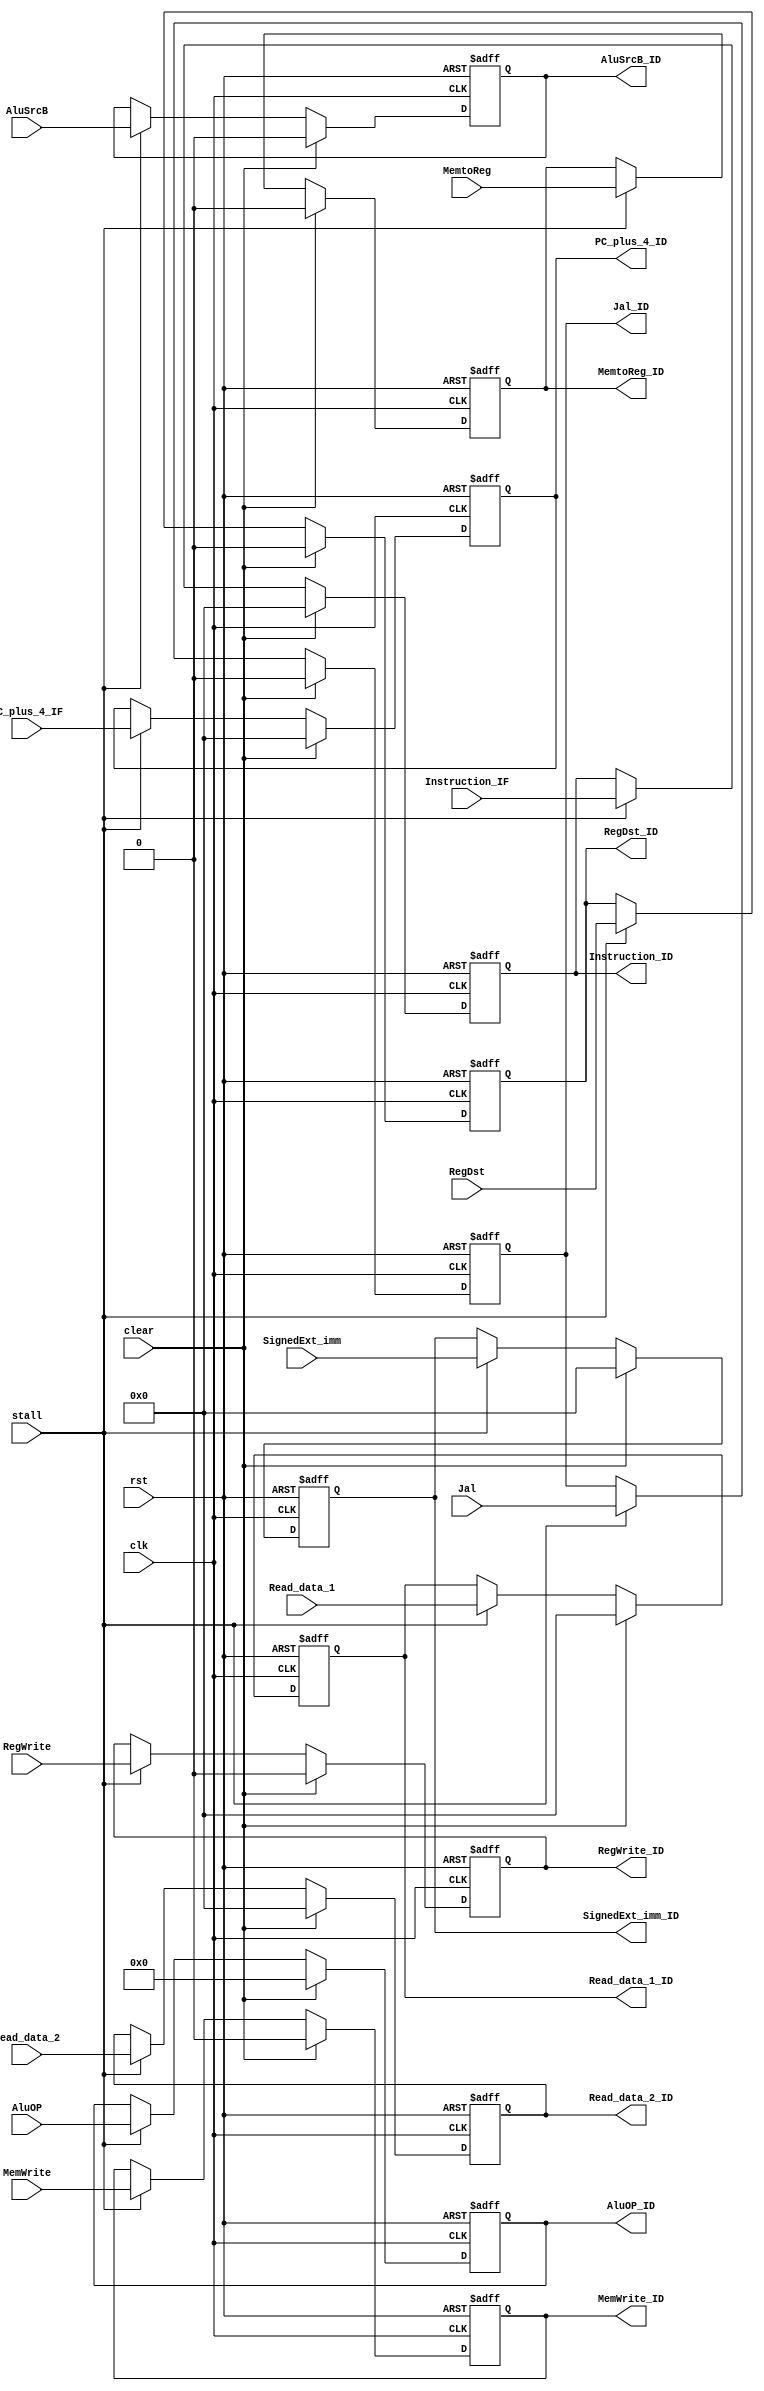
`timescale 1ns / 1ps
//////////////////////////////////////////////////////////////////////////////////
// Company: 
// Engineer: 
// 
// Design Name: 
// Module Name: ID_EX
// Project Name: 
// Target Devices: 
// Tool Versions: 
// Description: 
// 
// Dependencies: 
// 
// Revision:
// Revision 0.01 - File Created
// Additional Comments:
// 
//////////////////////////////////////////////////////////////////////////////////


module ID_EX(
    input [31:0] Instruction_IF,
    input [31:0] PC_plus_4_IF,
    input [31:0] Read_data_1,
    input [31:0] Read_data_2,
    input [31:0] SignedExt_imm,
    output reg [31:0] Instruction_ID,
    output reg [31:0] PC_plus_4_ID,
    output reg [31:0] Read_data_1_ID,
    output reg [31:0] Read_data_2_ID,
    output reg [31:0] SignedExt_imm_ID,
    input MemtoReg,
    input MemWrite,
    input [3:0] AluOP,
    input AluSrcB,
    input RegWrite,
    input Jal,
    input RegDst,
    output reg MemtoReg_ID,
    output reg MemWrite_ID,
    output reg [3:0] AluOP_ID,
    output reg AluSrcB_ID,
    output reg RegWrite_ID,
    output reg Jal_ID,
    output reg RegDst_ID,
    input clk,input rst,input clear,input stall
    );
    always @(posedge clk or negedge rst)
    begin
        if (rst==1'b0)
        begin
            Instruction_ID<=32'd0;
            PC_plus_4_ID<=32'd0;
            SignedExt_imm_ID<=32'd0;
            Read_data_1_ID<=32'd0;
            Read_data_2_ID<=32'd0;
            MemtoReg_ID<=1'b0; MemWrite_ID<=1'b0;
            AluOP_ID<=4'd0; AluSrcB_ID<=1'b0;
            RegWrite_ID<=1'b0; Jal_ID<=1'b0;
            RegDst_ID<=1'b0;
        end
        else if (clear==1'b1)
        begin
            Instruction_ID<=32'd0;
            PC_plus_4_ID<=32'd0;
            SignedExt_imm_ID<=32'd0;
            Read_data_1_ID<=32'd0;
            Read_data_2_ID<=32'd0;
            MemtoReg_ID<=1'b0; MemWrite_ID<=1'b0;
            AluOP_ID<=4'd0; AluSrcB_ID<=1'b0;
            RegWrite_ID<=1'b0; Jal_ID<=1'b0;
            RegDst_ID<=1'b0;
        end
        else if (stall==1'b0)
        begin
            Instruction_ID<=Instruction_ID;
            PC_plus_4_ID<=PC_plus_4_ID;
            SignedExt_imm_ID<=SignedExt_imm_ID;
            Read_data_1_ID<=Read_data_1_ID;
            Read_data_2_ID<=Read_data_2_ID;
            MemtoReg_ID<=MemtoReg_ID; MemWrite_ID<=MemWrite_ID;
            AluOP_ID<=AluOP_ID; AluSrcB_ID<=AluSrcB_ID;
            RegWrite_ID<=RegWrite_ID; Jal_ID<=Jal_ID;
            RegDst_ID<=RegDst_ID;
        end
        else
        begin
            Instruction_ID<=Instruction_IF;
            PC_plus_4_ID<=PC_plus_4_IF;
            SignedExt_imm_ID<=SignedExt_imm;
            Read_data_1_ID<=Read_data_1;
            Read_data_2_ID<=Read_data_2;
            MemtoReg_ID<=MemtoReg; MemWrite_ID<=MemWrite;
            AluOP_ID<=AluOP; AluSrcB_ID<=AluSrcB;
            RegWrite_ID<=RegWrite; Jal_ID<=Jal;
            RegDst_ID<=RegDst;
        end
    end
endmodule